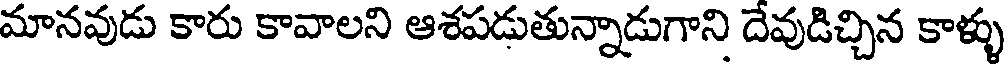
మానవుడు కారు కావాలని ఆశపడుతున్నాడుగాని దేవుడిచ్చిన కాళ్ళు